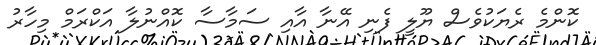
ކޮންމެ ރެޔަކުވެސް ޔޫލީ ފެނި އޭނާ އާއި ސަމާސާ ކޮއްނުލާ އަކްރަމް މިހާރު